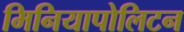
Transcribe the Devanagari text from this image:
मिनियापोलिटन